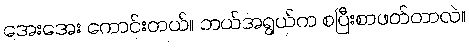
အေးအေး ကောင်းတယ်။ ဘယ်အရွယ်က စပြီးစာဖတ်တာလဲ။